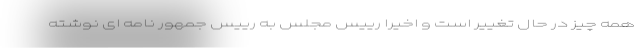
همه چیز در حال تغییر است و اخیرا رییس مجلس به رییس جمهور نامه ای نوشته